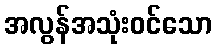
အလွန်အသုံးဝင်သော